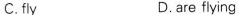
C.fly D.are flying